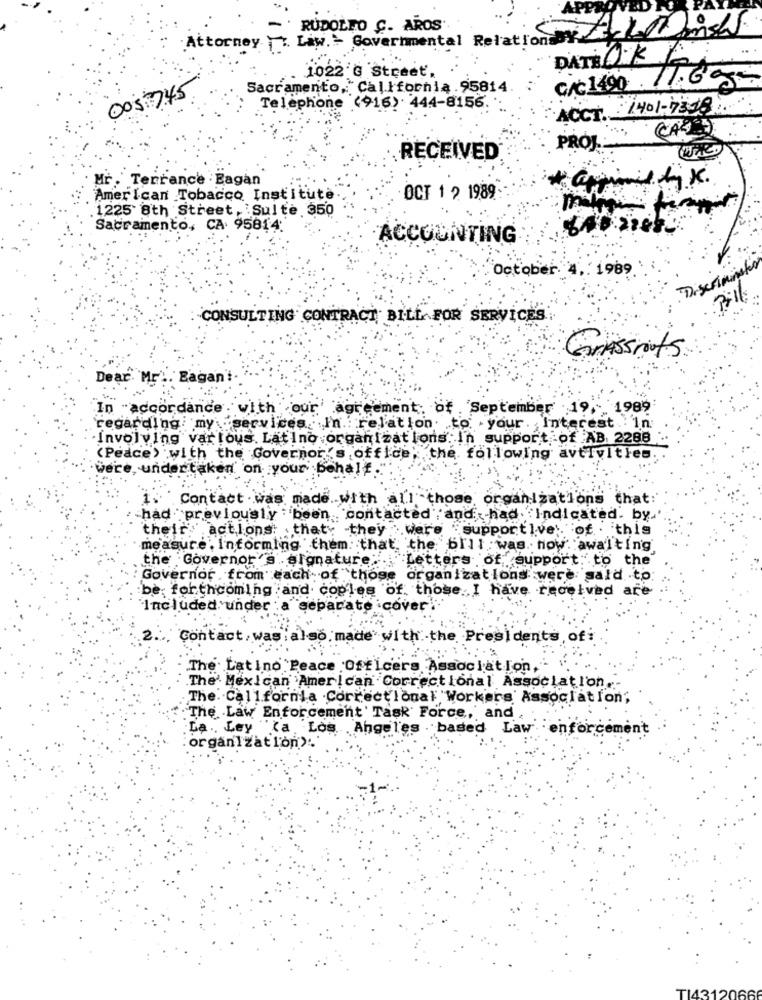
APP
Attorney . Lay .: Governmental Relation
RUDOLFO C. AROS'
DATE OFKA
1022 0 Street,
CAC1490 /T.G g-
005 745
Sacramento, California.95814.
Telephone (916) 444-8156.
ACCT. 1401-7318 ...
PROJ ..
RECEIVED
Mr.Terrance . Eagan
American Tobacco Institute.
OCT 1 2 1989:
1225 8th Street,Sulte 350
m
Sacramento, CA. 95814:
ACCOUNTING
October 4, 1989
Discriminate
CONSULTING CONTRACT BILL FOR SERVICES
Grassrots
Dear Mr' :. Eagan'!
In "accordance with our agreement of September 19, 1989
regarding my services In relation to your. Interest in
Involving vartous Latino organizations in support of AB. 2288
(Peace> with the Governor's office; the following avtivitles.
were, undertaken on your bohal'f
Contact . was made. with all those organizations that:
-had previously been contacted , and had Indicated. by.
their actions: that they were supportive :. of . this
measure . informing them that the bill was. now. awalting
the Governor's signature:"Letters of support to the
Governor from each of those organizations were said to
be: forthcoming and coples of those I have received are
Included. under
sep
icover
Contact
was : also made with the Presidents ofi
The Latino Peace Officers Association,
.The' Mexican American Correctional Association .-
The California .Correctional Workers Association;
The Law Enforcement Task Force, and .
La ., Ley (a, Los ..
. Angel'es
. based Law enf
nt
organization).
TI4312